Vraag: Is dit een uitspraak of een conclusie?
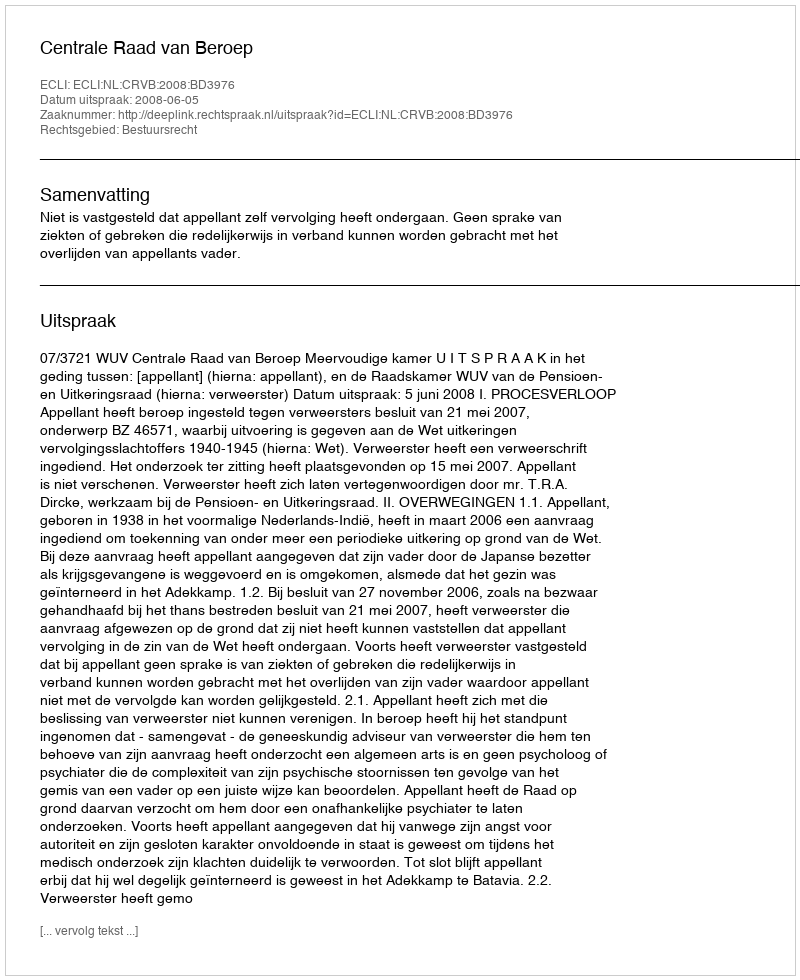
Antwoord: Uitspraak